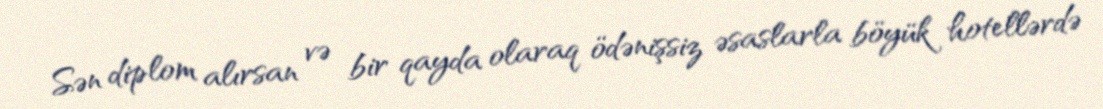
Sən diplom alırsan və bir qayda olaraq ödənişsiz əsaslarla böyük hotellərdə